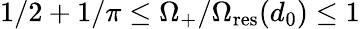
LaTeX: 1/2+1/\pi\leq\Omega_{+}/\Omega_{\mathrm{res}}(d_{0})\leq 1